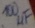
Text: 100µF